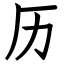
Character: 历